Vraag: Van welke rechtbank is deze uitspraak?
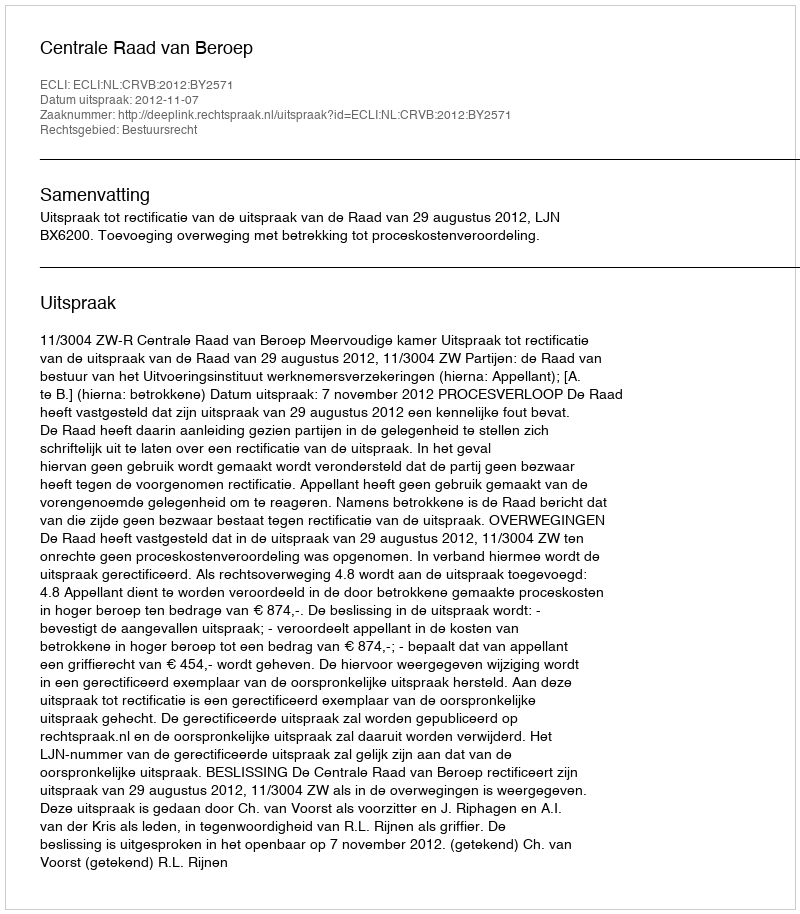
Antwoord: Centrale Raad van Beroep